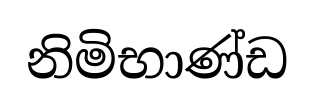
නිමිභාණ්ඩ